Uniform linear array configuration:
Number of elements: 8
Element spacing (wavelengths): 0.5
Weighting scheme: uniform
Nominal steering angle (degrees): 15
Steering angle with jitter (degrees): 16.733
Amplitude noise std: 0.05
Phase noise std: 0.05

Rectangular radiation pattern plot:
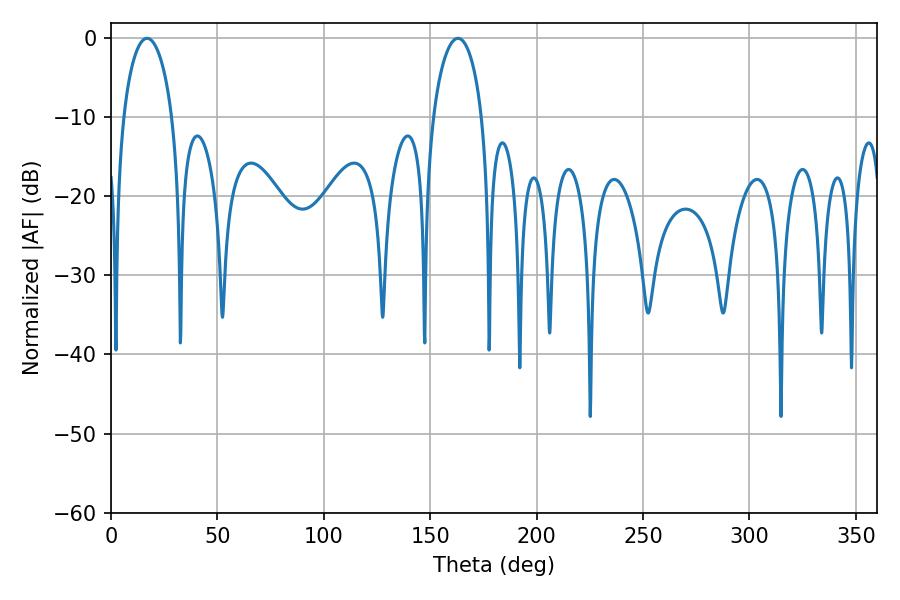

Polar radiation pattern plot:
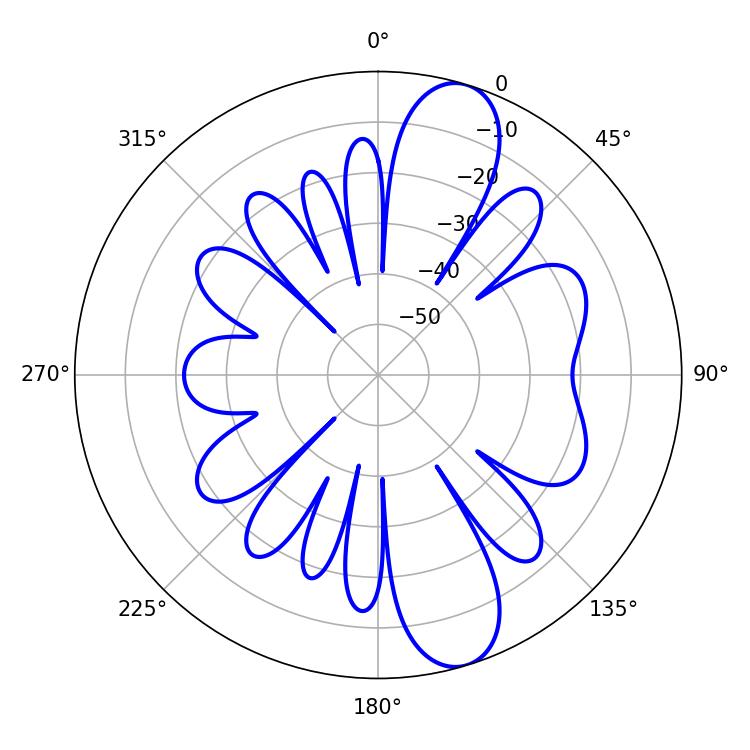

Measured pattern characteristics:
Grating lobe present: FALSE
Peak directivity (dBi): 11.085
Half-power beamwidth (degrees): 13.14
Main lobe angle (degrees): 16.92